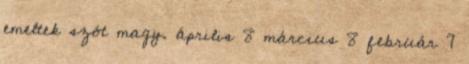
emeltek szót magy. április 8 március 8 február 7